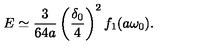
E \simeq \frac { 3 } { 6 4 a } \left( \frac { \delta _ { 0 } } { 4 } \right) ^ { 2 } f _ { 1 } ( a \omega _ { 0 } ) .